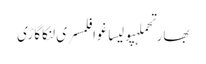
بھارتحملہپولیساغوافلمسری لنکاگاڑی